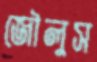
জৌলুস